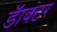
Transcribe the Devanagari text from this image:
डॅाक्टर